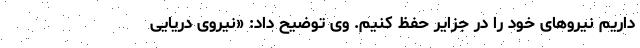
داریم نیروهای خود را در جزایر حفظ کنیم. وی توضیح داد: «نیروی دریایی